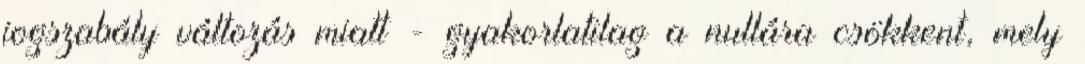
jogszabály változás miatt - gyakorlatilag a nullára csökkent, mely